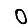
Digit: 0